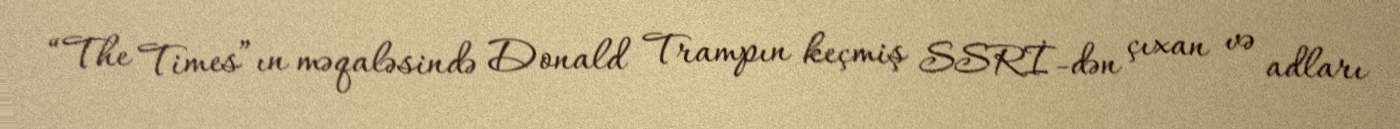
“The Times”ın məqaləsində Donald Trampın keçmiş SSRİ-dən çıxan və adları